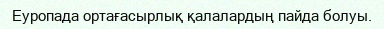
Еуропада ортағасырлық қалалардың пайда болуы.